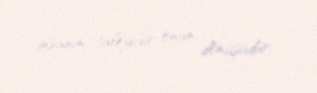
insanın taleyidir, onun dönüşüdür.